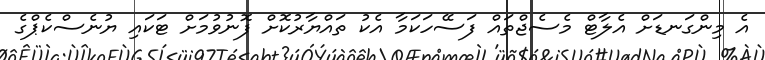
އެ މިންގަނޑަށް އެލާޓް މެސެޖްތައް ފަސޭހަކަމާ އެކު ތައްޔާރުކޮށް ފޮނުވުމަށް ޓަކައި ޔުނެސްކެޕްގެ